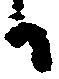
日